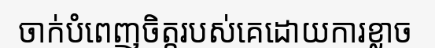
ចាក់បំពេញចិត្តរបស់គេដោយការខ្លាច